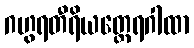
ဂဟွရတီရိယတ္ထေရဂါထာ